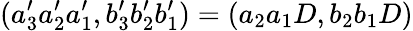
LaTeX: (a_{3}^{\prime}a_{2}^{\prime}a_{1}^{\prime},b_{3}^{\prime}b_{2}^{\prime}b_{1}^{\prime})=(a_{2}a_{1}D,b_{2}b_{1}D)